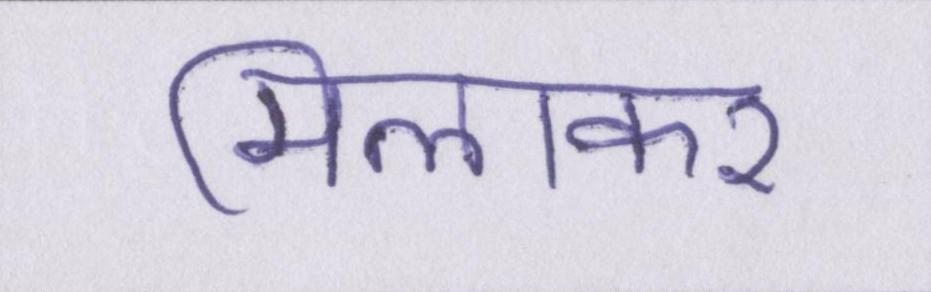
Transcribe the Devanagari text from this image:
मिलाकर